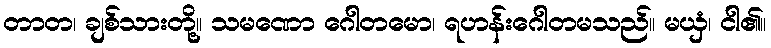
တာတ၊ ချစ်သားတို့။ သမဏော ဂေါတမော၊ ရဟန်းဂေါတမသည်။ မယှံ၊ ငါ၏။